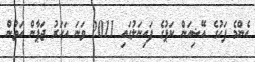
އެންމެ ފަހުގެ އޭޝިއަން ކަޕުގެ ފައިނަލުގައި 2011 ވަނަ އަހަރު ޖަޕާން އަތުން